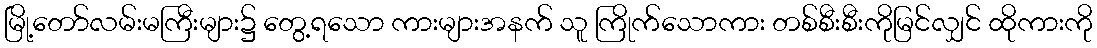
မြို့တော်လမ်းမကြီးများ၌ တွေ့ရသော ကားများအနက် သူ ကြိုက်သောကား တစ်စီးစီးကိုမြင်လျှင် ထိုကားကို